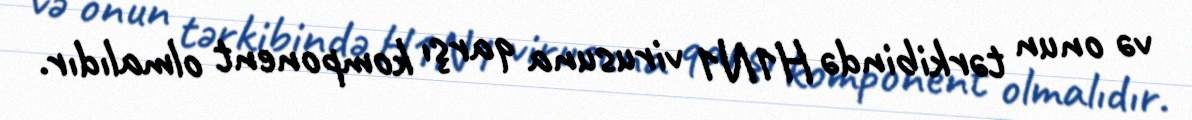
və onun tərkibində H1N1 virusuna qarşı komponent olmalıdır.